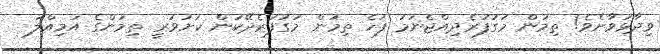
ވިދާޅުވާށެވެ! ތިމަން މަގުފުރެދިއްޖެނަމަ ފަހެ ތިމަން މަގުފުރެދޭކަން ކަށަވަރީ ތިމަންގެ އަމިއްލަ